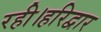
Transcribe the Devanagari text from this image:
रही।हरिद्वार